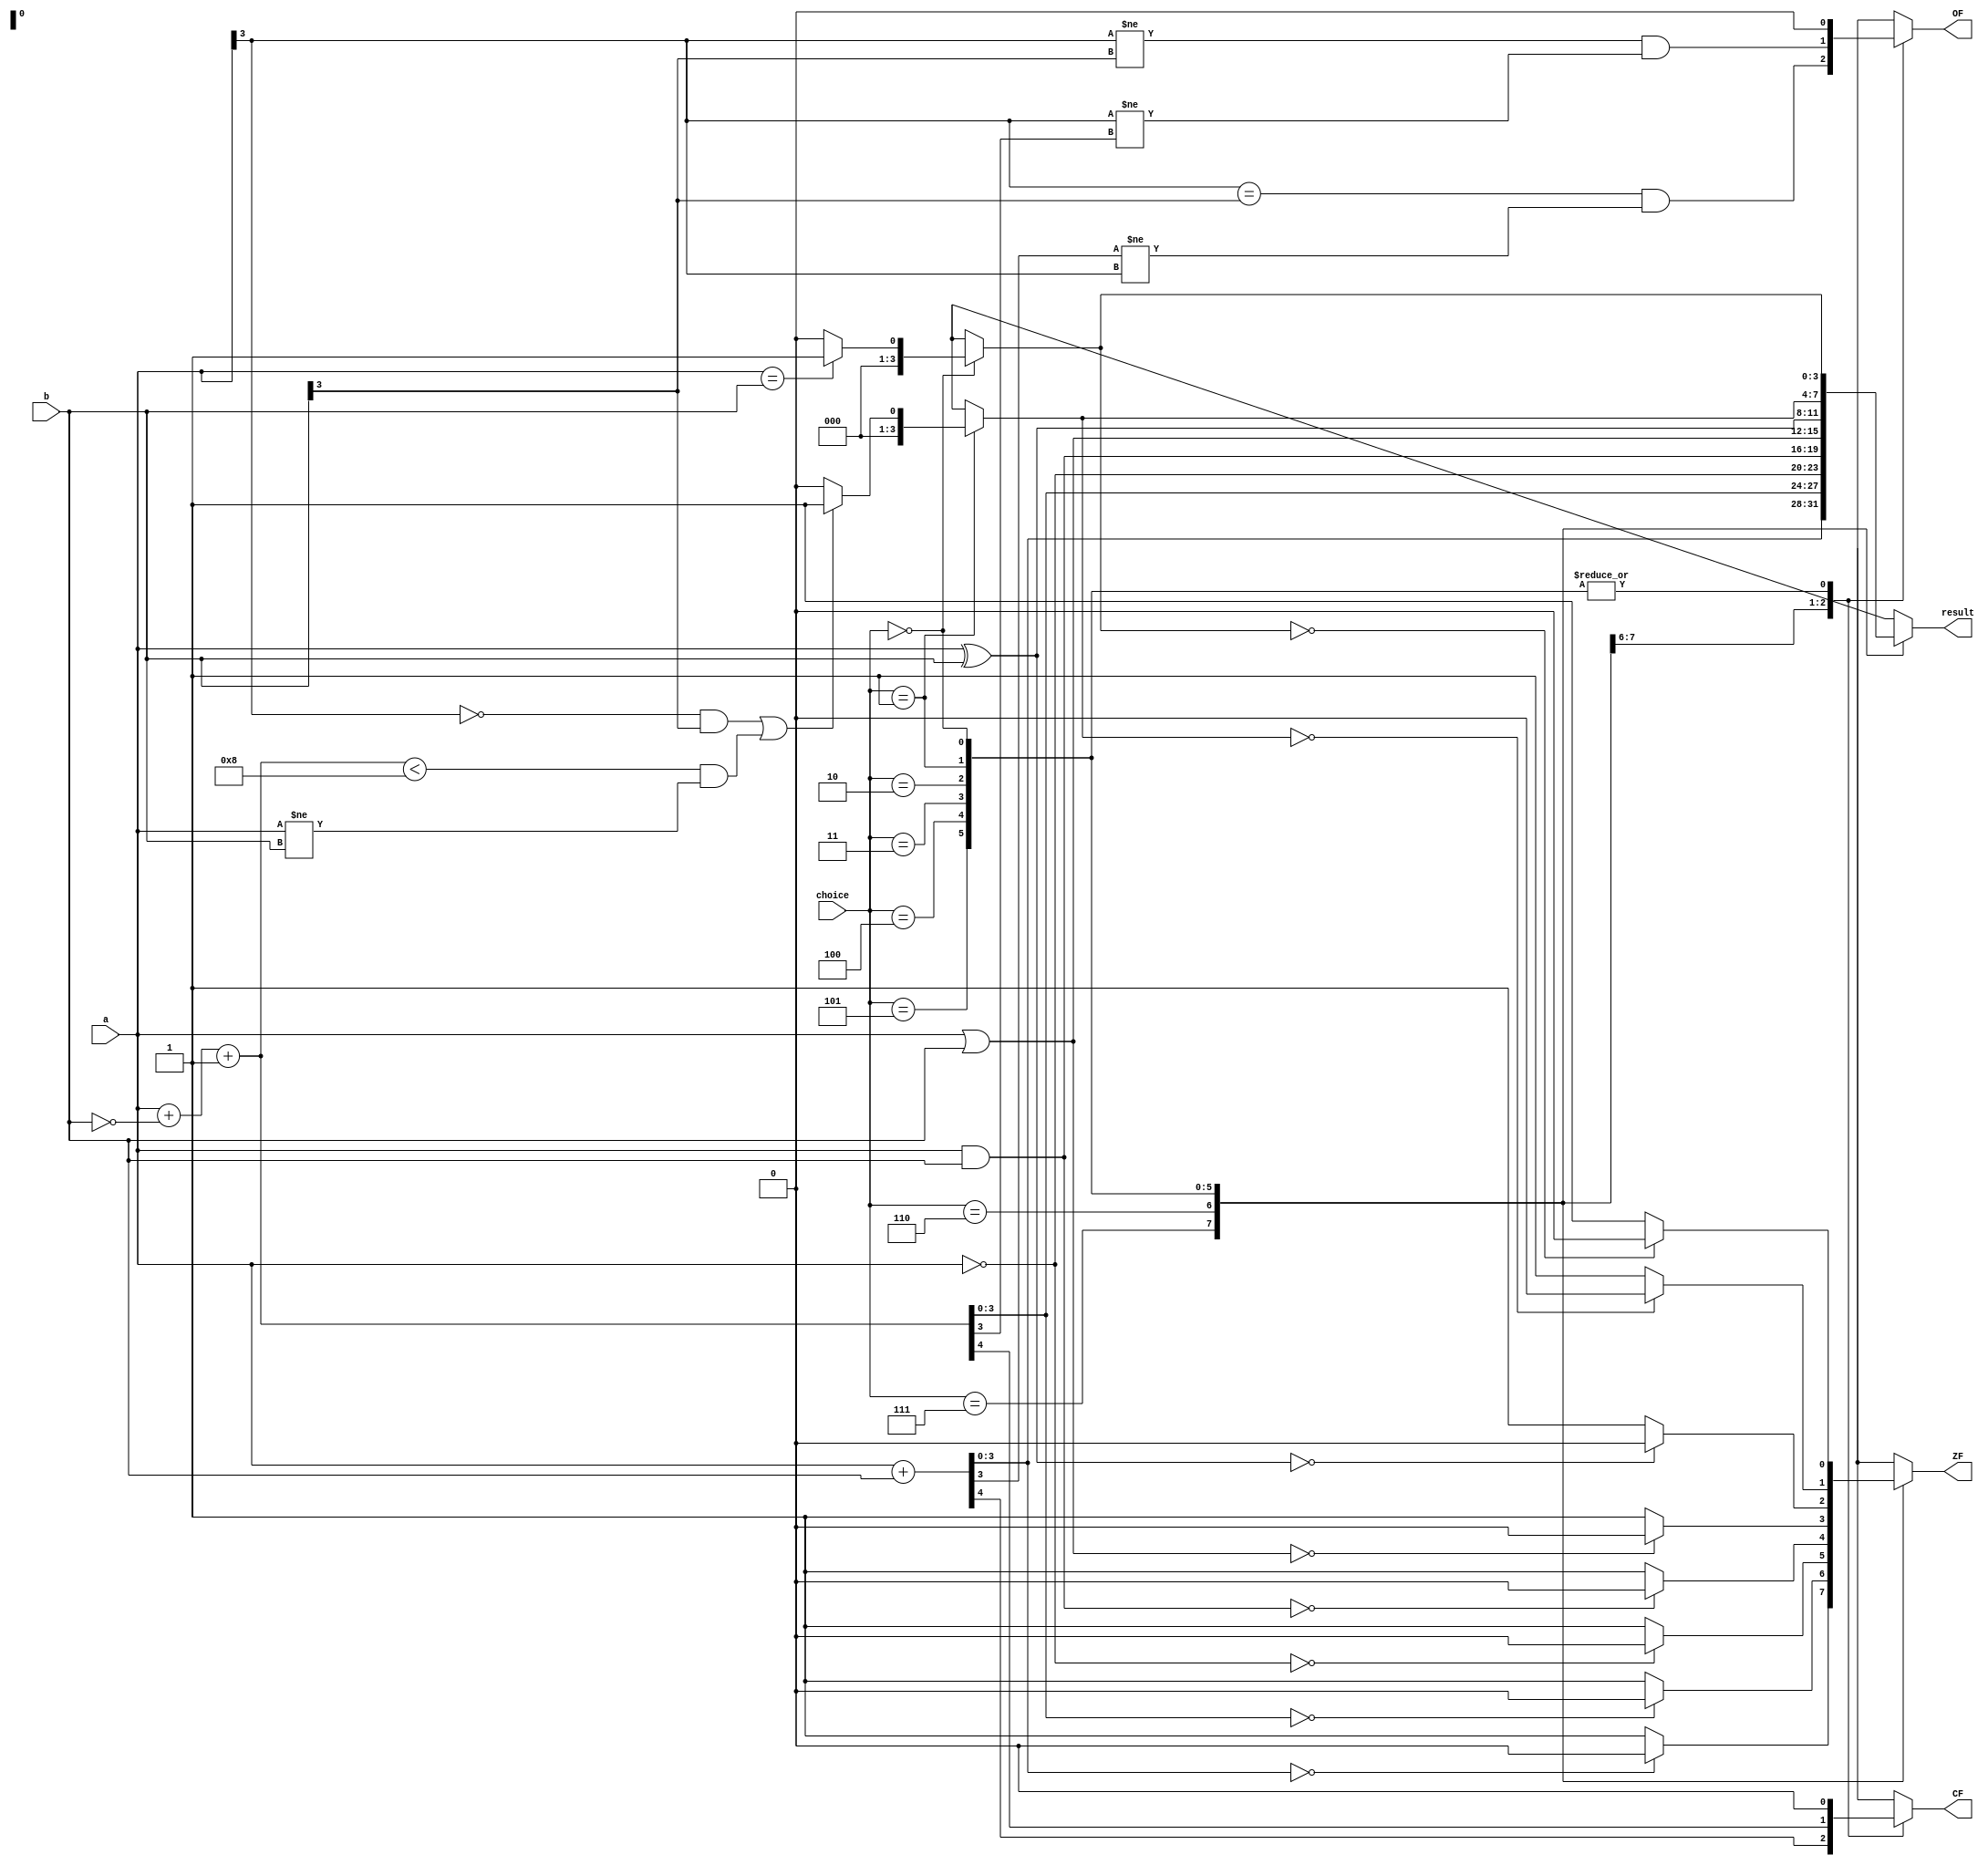
module lab03(a,b,choice,result,CF,OF,ZF);
input [3:0]a;
input [3:0]b;
input [2:0]choice;
output reg[3:0]result;
output  reg CF;
output reg OF;
output reg ZF;

always@(a or b or choice)
case(choice)

3'b111:
begin 
{CF,result}=a+b;OF=(a[3]==b[3])&&(result[3]!=a[3]);if(result==0)ZF=0;else ZF=1;
end

3'b110:
 begin 
 {CF,result}=a+~b+1;OF=(a[3]!=b[3])&&(a[3]!=result[3]);if(result==0)ZF=0;else ZF=1;
 end
 
3'b101:	
begin 
result=~a;OF=0;CF=0;if(result==0)ZF=0;else ZF=1;
end

3'b100:	
begin 
result=a&b;OF=0;CF=0;if(result==0)ZF=0;else ZF=1;
end

3'b011:  
begin 
result=a|b;OF=0;CF=0;if(result==0)ZF=0;else ZF=1;
end

3'b010: 
begin 
result=a^b;OF=0;CF=0;if(result==0)ZF=0;else ZF=1;
end

3'b001:
begin 
if((a[3]==0&&b[3]==1)||(a+~b+1<8&&a!=b))result=1;else result=0;OF=0;CF=0;if(result==0)ZF=0;else ZF=1;
end 

3'b000:
begin 
if(a==b) result=2'b0001;else result=2'b0000;OF=0;CF=0;if(result==0)ZF=0;else ZF=1;
end

endcase

endmodule